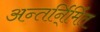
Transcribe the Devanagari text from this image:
अन्तर्नि्र्मित